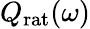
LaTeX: Q_{\mathrm{rat}}(\omega)